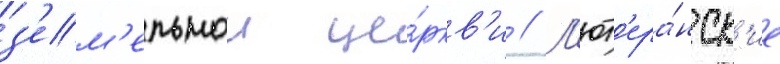
з'ем'ельнои це́ркв'и // Л'ют'ера́нск'ие